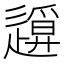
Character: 𨖪